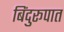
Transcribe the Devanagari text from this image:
बिंदुरूपात